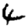
Digit: 4